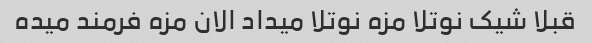
قبلا شیک نوتلا مزه نوتلا میداد الان مزه فرمند میده